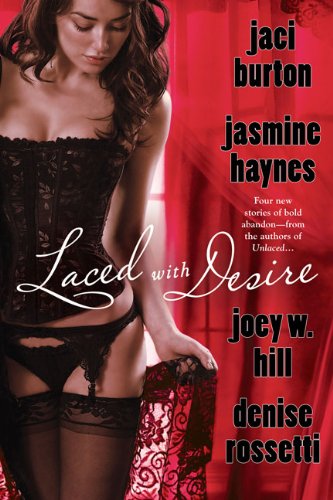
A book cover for Laced with Desire; Jaci Burton; Romance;